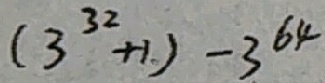
( 3 ^ { 3 2 } + 1 ) - 3 ^ { 6 4 }